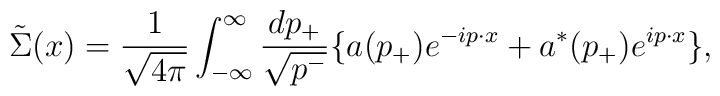
\tilde{\Sigma}(x)=\frac{1}{\sqrt{4{\pi}}}\int^{\infty}_{-{\infty}}\frac{dp_+}{\sqrt{p^-}}\{ a(p_+)e^{-ip{\cdot}x}+a^{\ast}(p_+)e^{ip{\cdot}x} \},